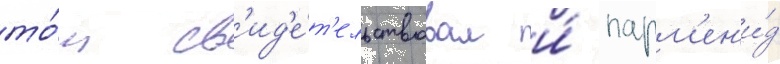
то́м св'ид'е́т'ельствовал и́ парм'ен'и́д